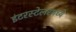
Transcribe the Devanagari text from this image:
इंटरस्टेलरमध्ये